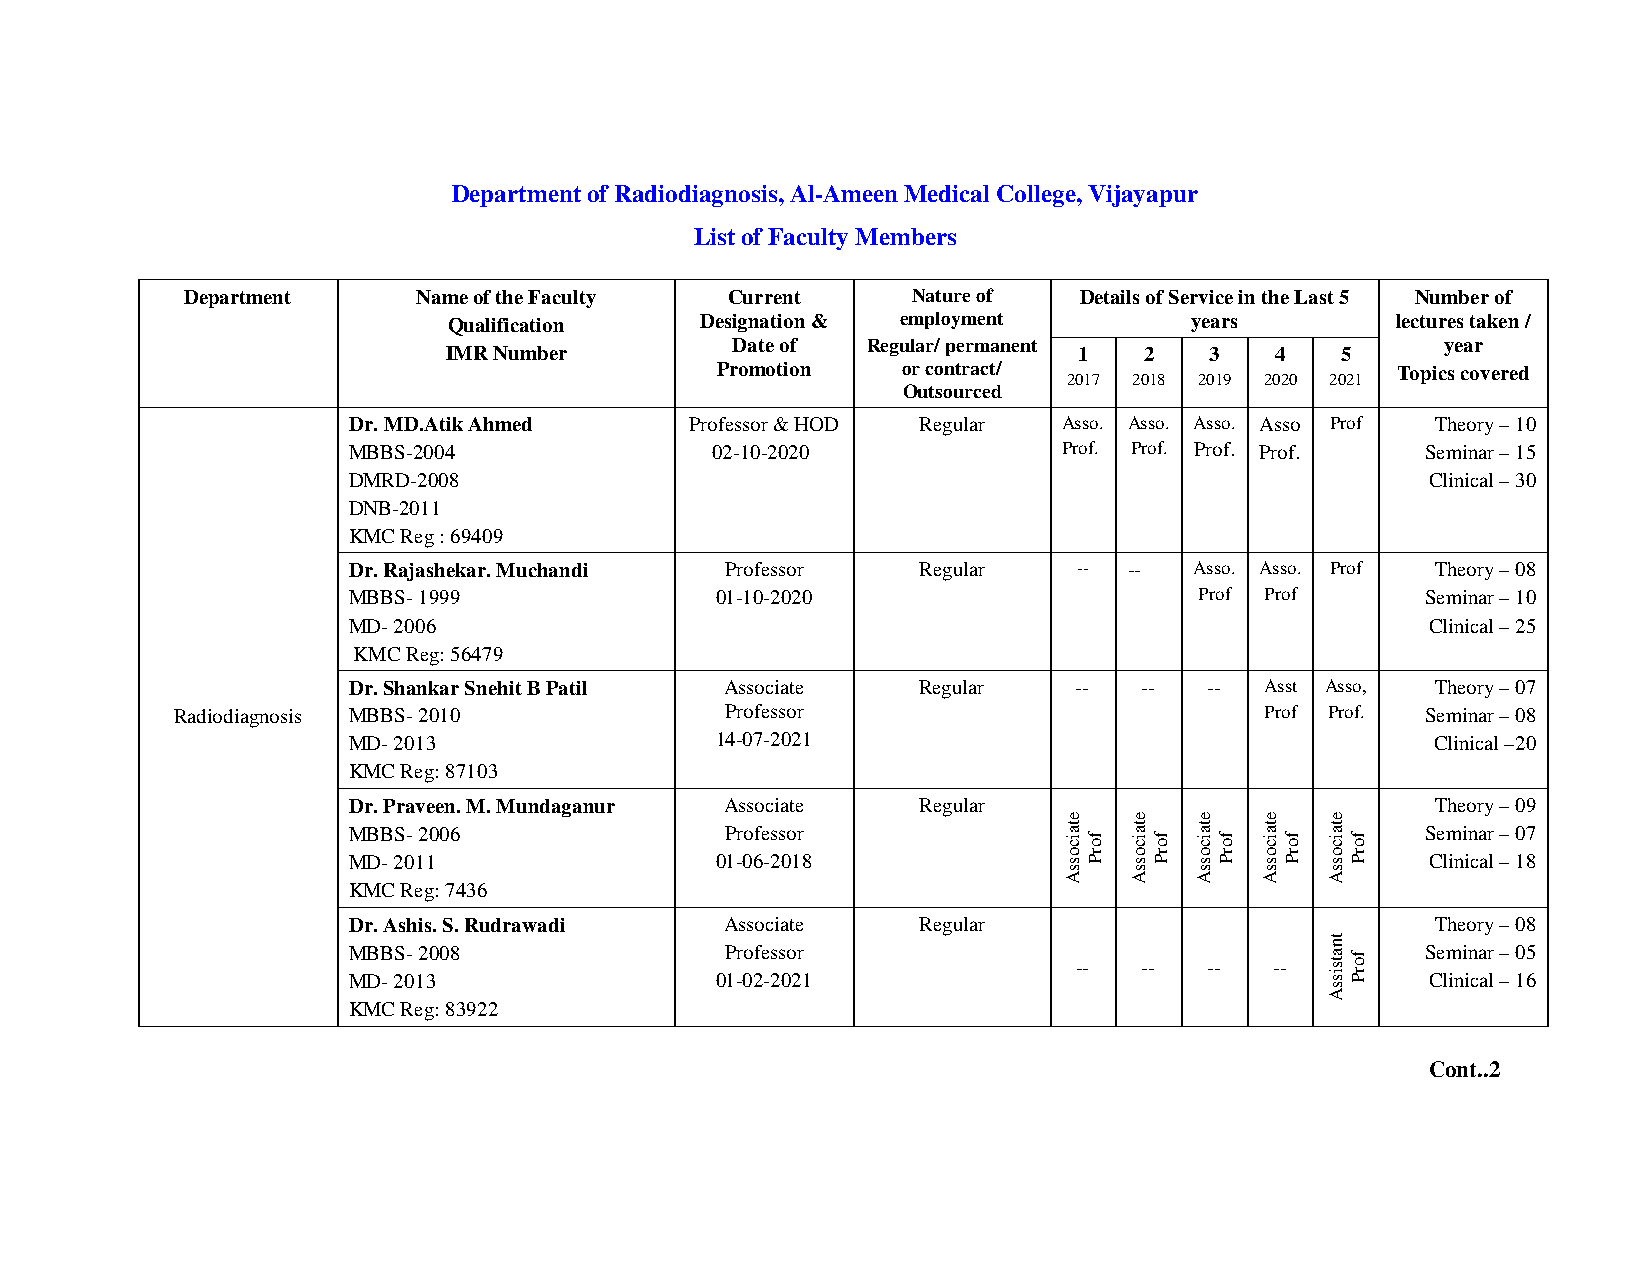
Department of Radiodiagnosis, Al-Ameen Medical College, Vijayapur
 List of Faculty Members
 Department      Name of the Faculty Current     Nature of  Details of Service in the Last 5 Number of
 Qualification   Designation & employment         years        lectures taken /
 Date of  Regular/ permanent                     year
 IMR Number                                1    2   3   4    5
 Promotion    or contract/
 2017 2018 2019 2020 2021
 Topics covered
 Outsourced
 Dr. MD.Atik Ahmed      Professor & HOD Regular Asso. Asso. Asso. Asso Prof Theory – 10
 MBBS-2004               02-10-2020             Prof. Prof. Prof. Prof. Seminar – 15
 DMRD-2008                                                               Clinical – 30
 DNB-2011
 KMC Reg : 69409
 Dr. Rajashekar. Muchandi Professor    Regular   --  --  Asso. Asso. Prof Theory – 08
 MBBS- 1999              01-10-2020                      Prof Prof      Seminar – 10
 MD- 2006                                                                Clinical – 25
 KMC Reg: 56479
 Dr. Shankar Snehit B Patil Associate  Regular   --   --  --  Asst Asso, Theory – 07
 Radiodiagnosis MBBS- 2010           Professor                           Prof Prof. Seminar – 08
 MD- 2013                14-07-2021                                      Clinical –20
 KMC Reg: 87103
 Dr. Praveen. M. Mundaganur Associate  Regular                           Theory – 09
 MBBS- 2006               Professor                                     Seminar – 07
 MD- 2011                01-06-2018                                      Clinical – 18
 KMC Reg: 7436
 Dr. Ashis. S. Rudrawadi  Associate    Regular                           Theory – 08
 MBBS- 2008               Professor                                     Seminar – 05
 --   --  --  --
 MD- 2013                01-02-2021                                      Clinical – 16
 KMC Reg: 83922
 Cont..2
 etaicossA
 forP
 etaicossA
 forP
 etaicossA
 forP
 etaicossA
 forP
 etaicossA
 tnatsissA
 forP
 forP